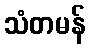
သံတမန်